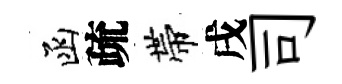
函疏帶戌司